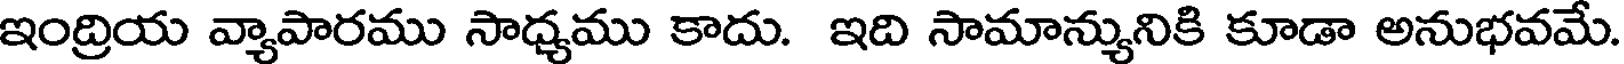
ఇంద్రియ వ్యాపారము సాధ్యము కాదు. ఇది సామాన్యునికి కూడా అనుభవమే.